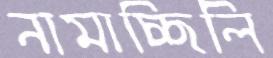
নামাচ্ছিলি